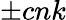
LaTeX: \pm cnk